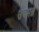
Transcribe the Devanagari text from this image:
उचमन्न